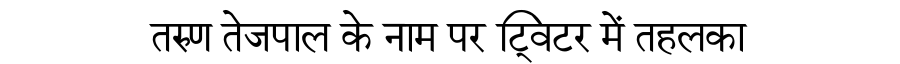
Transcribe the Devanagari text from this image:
तरुण तेजपाल के नाम पर ट्विटर में तहलका